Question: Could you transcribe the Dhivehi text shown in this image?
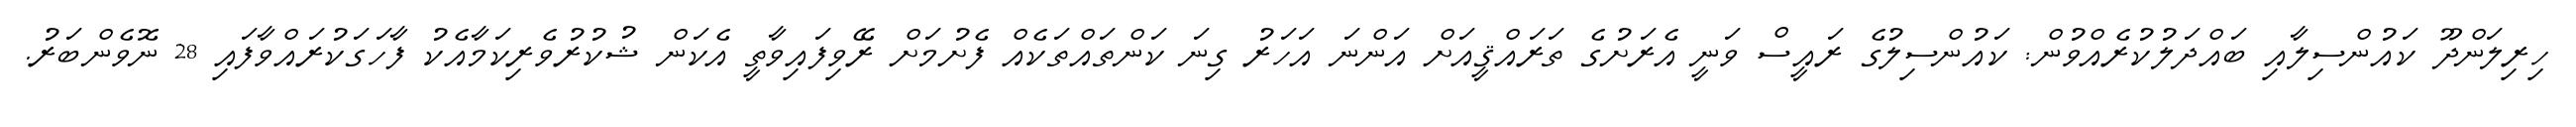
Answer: ހިރިލަންދޫ ކައުންސިލާއި ބައްދަލުކުރެއްވުން: ކައުންސިލުގެ ރައީސް ވަނީ އެރަށުގެ ތަރައްޤީއަށް އަންނަ އަހަރު ގިނަ ކަންތައްތަކެއް ފެށުމަށް ރޭވިފައިވާތީ އެކަން ޝުކުރުވެރިކަމާއެކު ފާހަގަކުރައްވާފައި 28 ނޮވެންބަރު.